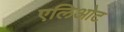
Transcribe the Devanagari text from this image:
एलिओट